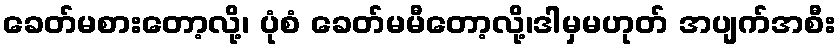
ခေတ်မစားတော့လို့၊ ပုံစံ ခေတ်မမီတော့လို့၊ဒါမှမဟုတ် အပျက်အစီး